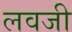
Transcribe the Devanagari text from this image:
लवजी